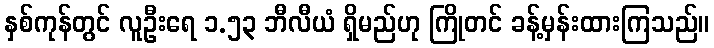
နှစ်ကုန်တွင် လူဦးရေ ၁.၅၃ ဘီလီယံ ရှိမည်ဟု ကြိုတင် ခန့်မှန်းထားကြသည်။